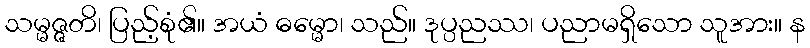
သမ္မဇ္ဇတိ၊ ပြည့်စုံ၏။ အယံ ဓမ္မော၊ သည်။ ဒုပ္ပညဿ၊ ပညာမရှိသော သူအား။ န